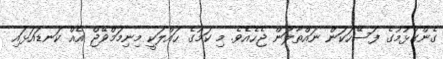
ގެންގުޅުމުގެ ފަސޭހަކަން ނައްތާލަން ޖެހެއެވެ. މި ކަމުގެ ހައްލަކީ މިނިމަމްވޭޖް އެއް ކަނޑައަޅައި